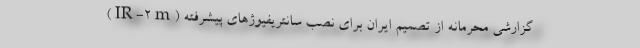
گزارشی محرمانه از تصمیم ایران برای نصب سانتریفیوژهای پیشرفته (IR-2m)